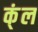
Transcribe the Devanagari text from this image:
क्ंल